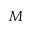
M